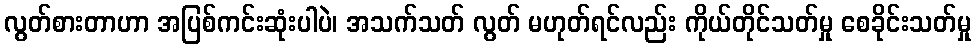
လွတ်စားတာဟာ အပြစ်ကင်းဆုံးပါပဲ၊ အသက်သတ် လွတ် မဟုတ်ရင်လည်း ကိုယ်တိုင်သတ်မှု စေခိုင်းသတ်မှု